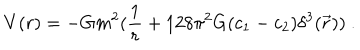
LaTeX: V ( r ) = - G m ^ { 2 } ( { \frac { 1 } { r } } + 1 2 8 \pi ^ { 2 } G ( c _ { 1 } - c _ { 2 } ) \delta ^ { 3 } ( \vec { r } ) ) ~ .